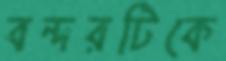
বন্দরটিকে